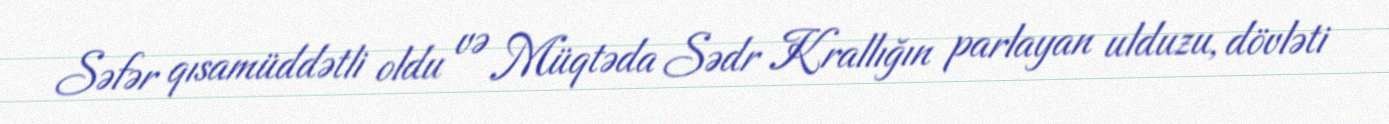
Səfər qısamüddətli oldu və Müqtəda Sədr Krallığın parlayan ulduzu, dövləti